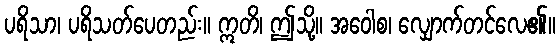
ပရိသာ၊ ပရိသတ်ပေတည်း။ ဣတိ၊ ဤသို့။ အဝေါစ၊ လျှောက်တင်လေ၏။